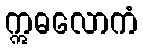
ဣဓလောကံ